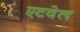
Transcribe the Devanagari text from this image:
एटवेल